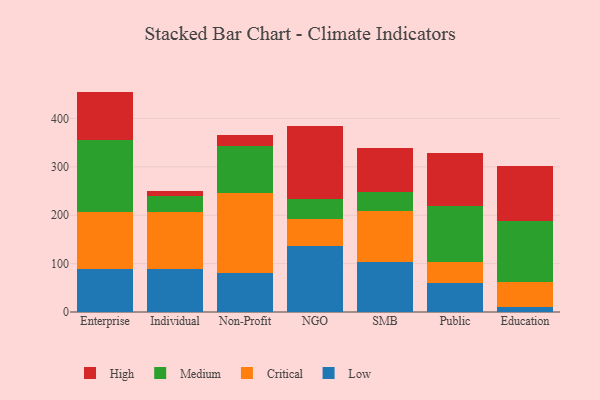
{"axis": {"x": "Segment", "y": "Shipments"}, "legend": ["Critical", "High", "Low", "Medium"], "data": [{"x": "Enterprise", "y": 88.4, "type": "Low"}, {"x": "Enterprise", "y": 119.2, "type": "Critical"}, {"x": "Enterprise", "y": 148.2, "type": "Medium"}, {"x": "Enterprise", "y": 99.7, "type": "High"}, {"x": "Individual", "y": 88.3, "type": "Low"}, {"x": "Individual", "y": 118.2, "type": "Critical"}, {"x": "Individual", "y": 33.1, "type": "Medium"}, {"x": "Individual", "y": 11.1, "type": "High"}, {"x": "Non-Profit", "y": 80.1, "type": "Low"}, {"x": "Non-Profit", "y": 166.7, "type": "Critical"}, {"x": "Non-Profit", "y": 96.7, "type": "Medium"}, {"x": "Non-Profit", "y": 22.7, "type": "High"}, {"x": "NGO", "y": 135.7, "type": "Low"}, {"x": "NGO", "y": 56.1, "type": "Critical"}, {"x": "NGO", "y": 41.2, "type": "Medium"}, {"x": "NGO", "y": 151.8, "type": "High"}, {"x": "SMB", "y": 104.1, "type": "Low"}, {"x": "SMB", "y": 103.9, "type": "Critical"}, {"x": "SMB", "y": 39.4, "type": "Medium"}, {"x": "SMB", "y": 91.8, "type": "High"}, {"x": "Public", "y": 60.8, "type": "Low"}, {"x": "Public", "y": 42.2, "type": "Critical"}, {"x": "Public", "y": 116.2, "type": "Medium"}, {"x": "Public", "y": 108.4, "type": "High"}, {"x": "Education", "y": 10.9, "type": "Low"}, {"x": "Education", "y": 51.7, "type": "Critical"}, {"x": "Education", "y": 125.7, "type": "Medium"}, {"x": "Education", "y": 113.2, "type": "High"}]}